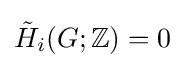
{\tilde {H}}_{i}(G;\mathbb {Z} )=0